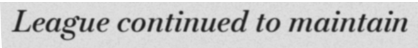
League continued to maintain